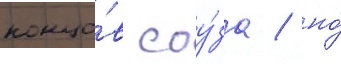
концо́в соу́за / но́